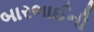
બારભાઈની